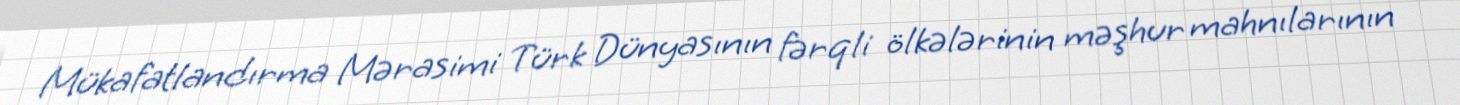
Mükafatlandırma Mərasimi Türk Dünyasının fərqli ölkələrinin məşhur mahnılarının